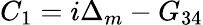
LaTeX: {C_{1}}=i{\Delta_{m}}-{G_{34}}